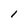
Character: l